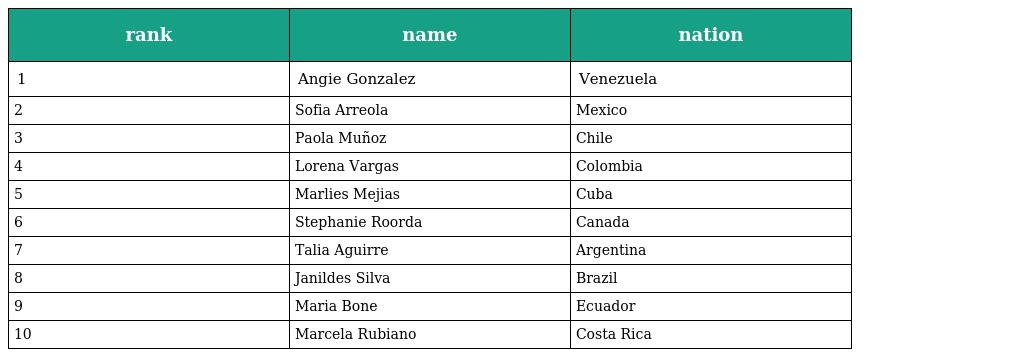
| rank | name | nation |
 | --- | --- | --- |
 | 1 | Angie Gonzalez | Venezuela |
 | 2 | Sofia Arreola | Mexico |
 | 3 | Paola Muñoz | Chile |
 | 4 | Lorena Vargas | Colombia |
 | 5 | Marlies Mejias | Cuba |
 | 6 | Stephanie Roorda | Canada |
 | 7 | Talia Aguirre | Argentina |
 | 8 | Janildes Silva | Brazil |
 | 9 | Maria Bone | Ecuador |
 | 10 | Marcela Rubiano | Costa Rica |